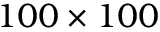
1 0 0 \times 1 0 0